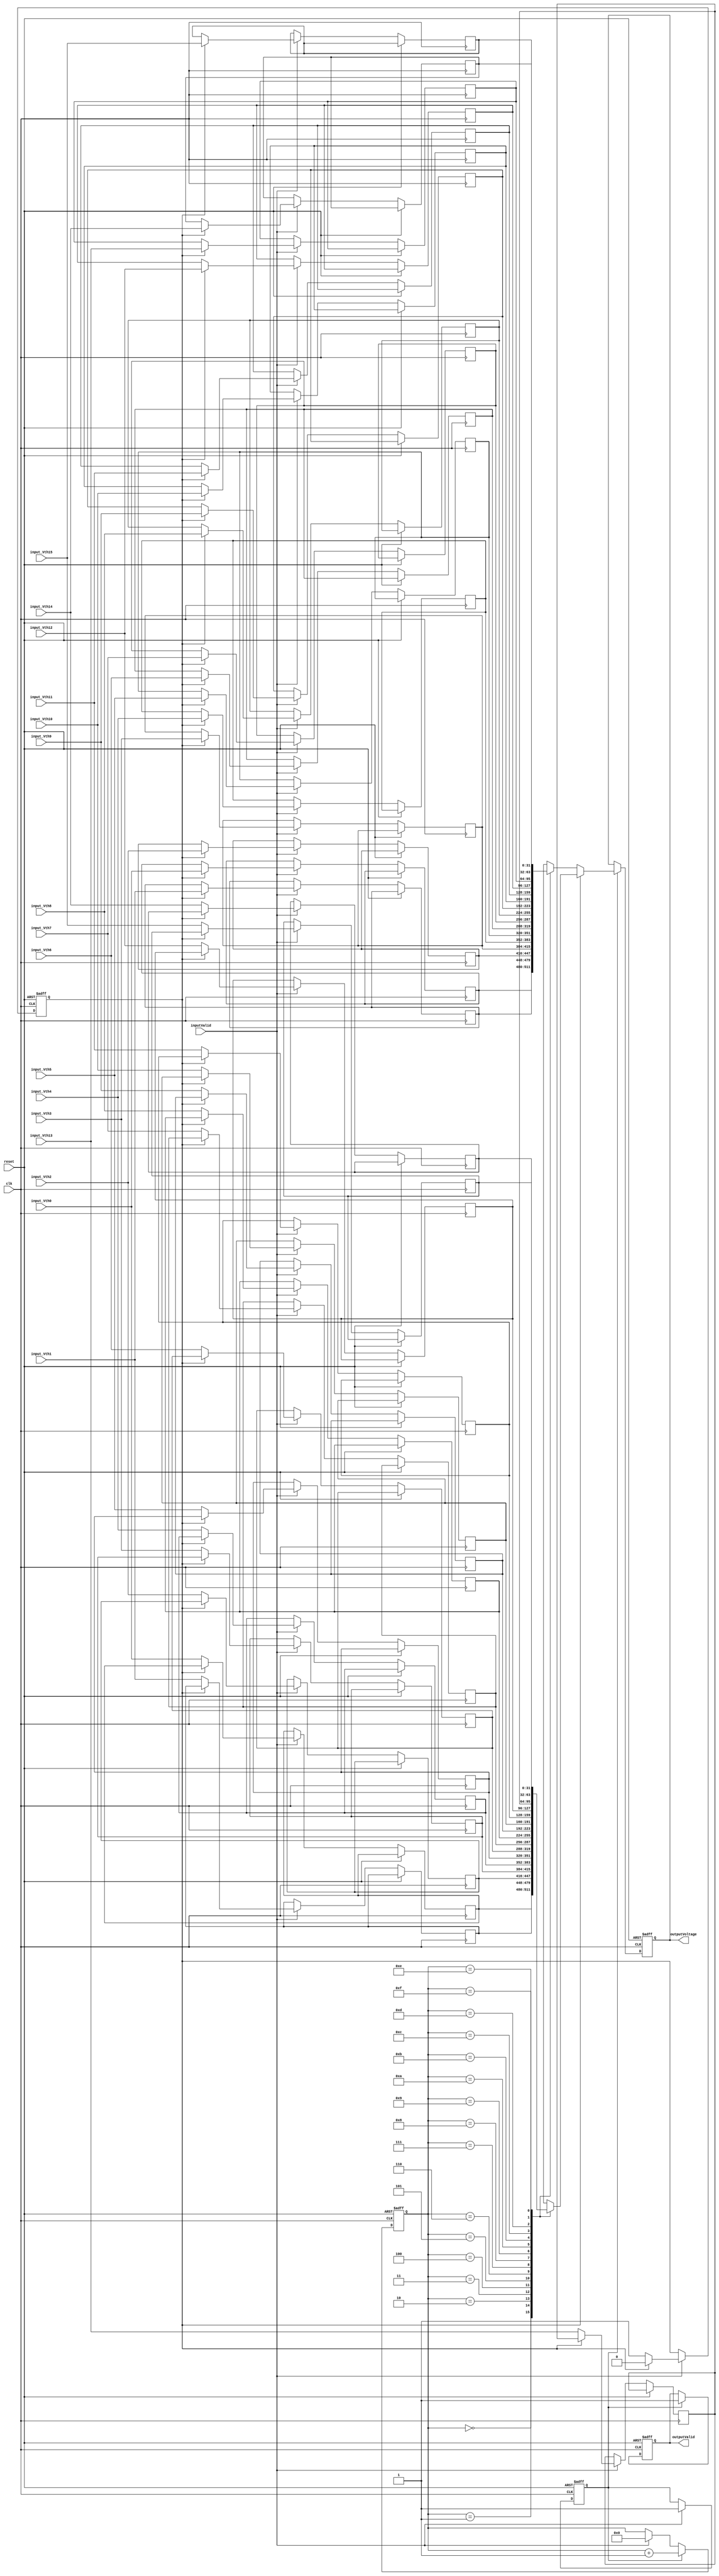
`timescale 1ns / 1ps
//////////////////////////////////////////////////////////////////////////////////
// Company:        Singapore University of Technology and Design
// 
// Design Name: 
// Module Name:    ParallelToSerialConversion 
// Project Name:   NVMChannelModel
// Target Devices: 
// Tool versions: 
// Description:    32 parallel input serial output
//
// Dependencies: 
//
// Revision: 
// Revision 0.01 - File Created
// Additional Comments: 
//
//////////////////////////////////////////////////////////////////////////////////
module ParallelToSerialConversion(
											input					clk,
											input					reset,
											input					inputValid,
												
											input 	[31:0]	input_Vth0,
											input 	[31:0]	input_Vth1,
											input 	[31:0]	input_Vth2,
											input 	[31:0]	input_Vth3,
											input 	[31:0]	input_Vth4,
											input 	[31:0]	input_Vth5,
											input 	[31:0]	input_Vth6,
											input 	[31:0]	input_Vth7,
											input 	[31:0]	input_Vth8,
											input 	[31:0]	input_Vth9,
											input 	[31:0]	input_Vth10,
											input 	[31:0]	input_Vth11,
											input 	[31:0]	input_Vth12,
											input 	[31:0]	input_Vth13,
											input 	[31:0]	input_Vth14,
											input 	[31:0]	input_Vth15,
								/*			input 	[31:0]	input_Vth16,
											input 	[31:0]	input_Vth17,
											input 	[31:0]	input_Vth18,
											input 	[31:0]	input_Vth19,
											input 	[31:0]	input_Vth20,
											input 	[31:0]	input_Vth21,
											input 	[31:0]	input_Vth22,
											input 	[31:0]	input_Vth23,
											input 	[31:0]	input_Vth24,
											input 	[31:0]	input_Vth25,
											input 	[31:0]	input_Vth26,
											input 	[31:0]	input_Vth27,
											input 	[31:0]	input_Vth28,
											input 	[31:0]	input_Vth29,
											input 	[31:0]	input_Vth30,
											input 	[31:0]	input_Vth31,*/

												
											output 	[31:0]	outputVoltage,
											output 				outputValid
								);
								
		reg		[31:0]	dataTmp0		[15:0];						
		reg		[31:0]	dataTmp1		[15:0];
		reg					sel;
		reg		[3:0]		i;
		reg					ready;
		reg		[31:0]	outputVoltagTmp;
		reg					dataValid;
		
		always @ (posedge clk or posedge reset)
		begin
			if(reset)
			begin
				outputVoltagTmp <= 31'd0;
				dataValid     <= 1'b0;
				i				  <= 4'b0 ;
				sel			  <= 1'b0;
				ready			  <= 1'b0;
			end
				
			else 
			begin
				if(inputValid)
				begin
					if(sel == 1'b0)
					begin
						dataTmp0[0]  <= 	input_Vth0;
						dataTmp0[1]  <= 	input_Vth1;
						dataTmp0[2]  <= 	input_Vth2;
						dataTmp0[3]  <= 	input_Vth3;
						dataTmp0[4]  <= 	input_Vth4;
						dataTmp0[5]  <= 	input_Vth5;
						dataTmp0[6]  <= 	input_Vth6;
						dataTmp0[7]  <= 	input_Vth7;
						dataTmp0[8]  <= 	input_Vth8;
						dataTmp0[9]  <= 	input_Vth9;
						dataTmp0[10] <= 	input_Vth10;
						dataTmp0[11] <= 	input_Vth11;
						dataTmp0[12] <= 	input_Vth12;
						dataTmp0[13] <= 	input_Vth13;
						dataTmp0[14] <= 	input_Vth14;
						dataTmp0[15] <= 	input_Vth15;
/*						dataTmp0[16] <= 	input_Vth16;
						dataTmp0[17] <= 	input_Vth17;
						dataTmp0[18] <= 	input_Vth18;
						dataTmp0[19] <= 	input_Vth19;
						dataTmp0[20] <= 	input_Vth20;
						dataTmp0[21] <= 	input_Vth21;
						dataTmp0[22] <= 	input_Vth22;
						dataTmp0[23] <= 	input_Vth23;
						dataTmp0[24] <= 	input_Vth24;
						dataTmp0[25] <= 	input_Vth25;
						dataTmp0[26] <= 	input_Vth26;
						dataTmp0[27] <= 	input_Vth27;
						dataTmp0[28] <= 	input_Vth28;
						dataTmp0[29] <= 	input_Vth29;
						dataTmp0[30] <= 	input_Vth30;
						dataTmp0[31] <= 	input_Vth31;*/
						ready        <=   1'b1;
						sel			 <=   1'b1;
						i				 <=   4'd0;
					end   // end of if(sel == 1'b0)
					else 
					begin
						dataTmp1[0]  <= 	input_Vth0;
						dataTmp1[1]  <= 	input_Vth1;
						dataTmp1[2]  <= 	input_Vth2;
						dataTmp1[3]  <= 	input_Vth3;
						dataTmp1[4]  <= 	input_Vth4;
						dataTmp1[5]  <= 	input_Vth5;
						dataTmp1[6]  <= 	input_Vth6;
						dataTmp1[7]  <= 	input_Vth7;
						dataTmp1[8]  <= 	input_Vth8;
						dataTmp1[9]  <= 	input_Vth9;
						dataTmp1[10] <= 	input_Vth10;
						dataTmp1[11] <= 	input_Vth11;
						dataTmp1[12] <= 	input_Vth12;
						dataTmp1[13] <= 	input_Vth13;
						dataTmp1[14] <= 	input_Vth14;
						dataTmp1[15] <= 	input_Vth15;
/*						dataTmp1[16] <= 	input_Vth16;
						dataTmp1[17] <= 	input_Vth17;
						dataTmp1[18] <= 	input_Vth18;
						dataTmp1[19] <= 	input_Vth19;
						dataTmp1[20] <= 	input_Vth20;
						dataTmp1[21] <= 	input_Vth21;
						dataTmp1[22] <= 	input_Vth22;
						dataTmp1[23] <= 	input_Vth23;
						dataTmp1[24] <= 	input_Vth24;
						dataTmp1[25] <= 	input_Vth25;
						dataTmp1[26] <= 	input_Vth26;
						dataTmp1[27] <= 	input_Vth27;
						dataTmp1[28] <= 	input_Vth28;
						dataTmp1[29] <= 	input_Vth29;
						dataTmp1[30] <= 	input_Vth30;
						dataTmp1[31] <= 	input_Vth31;*/
						ready        <=   1'b1;
						sel			 <=   1'b0;
						i            <=   4'd0;
					end	// end of if(sel == 1'b1)
				end 		// end of if(inputValid)
				
				if (ready == 1'b1)
				begin
				   if(sel == 1'b1)
					begin
						outputVoltagTmp 	<= 	dataTmp0[i];
						i 						<= 	i+1'b1;
						dataValid     		<= 	1'b1;
					end	//end of  if(sel == 1'b1)
					else
					begin
						outputVoltagTmp 	<= 	dataTmp1[i];
						i 						<= 	i+1'b1;
						dataValid     		<= 	1'b1;
//						if(i == 5'd31)
//							ready <= 1'b0;
					end	//end of  if(sel == 1'b0)
				
				end		// end of if (ready == 1'b1)
			end			// end of if (!reset)
		end				// end of always

assign  			outputVoltage 	= 	outputVoltagTmp;
assign			outputValid		= 	dataValid ; 

endmodule